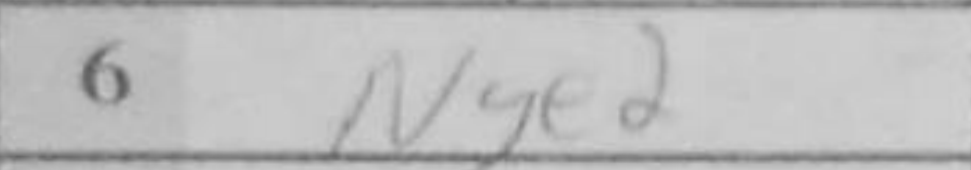
Transcription: Nge2